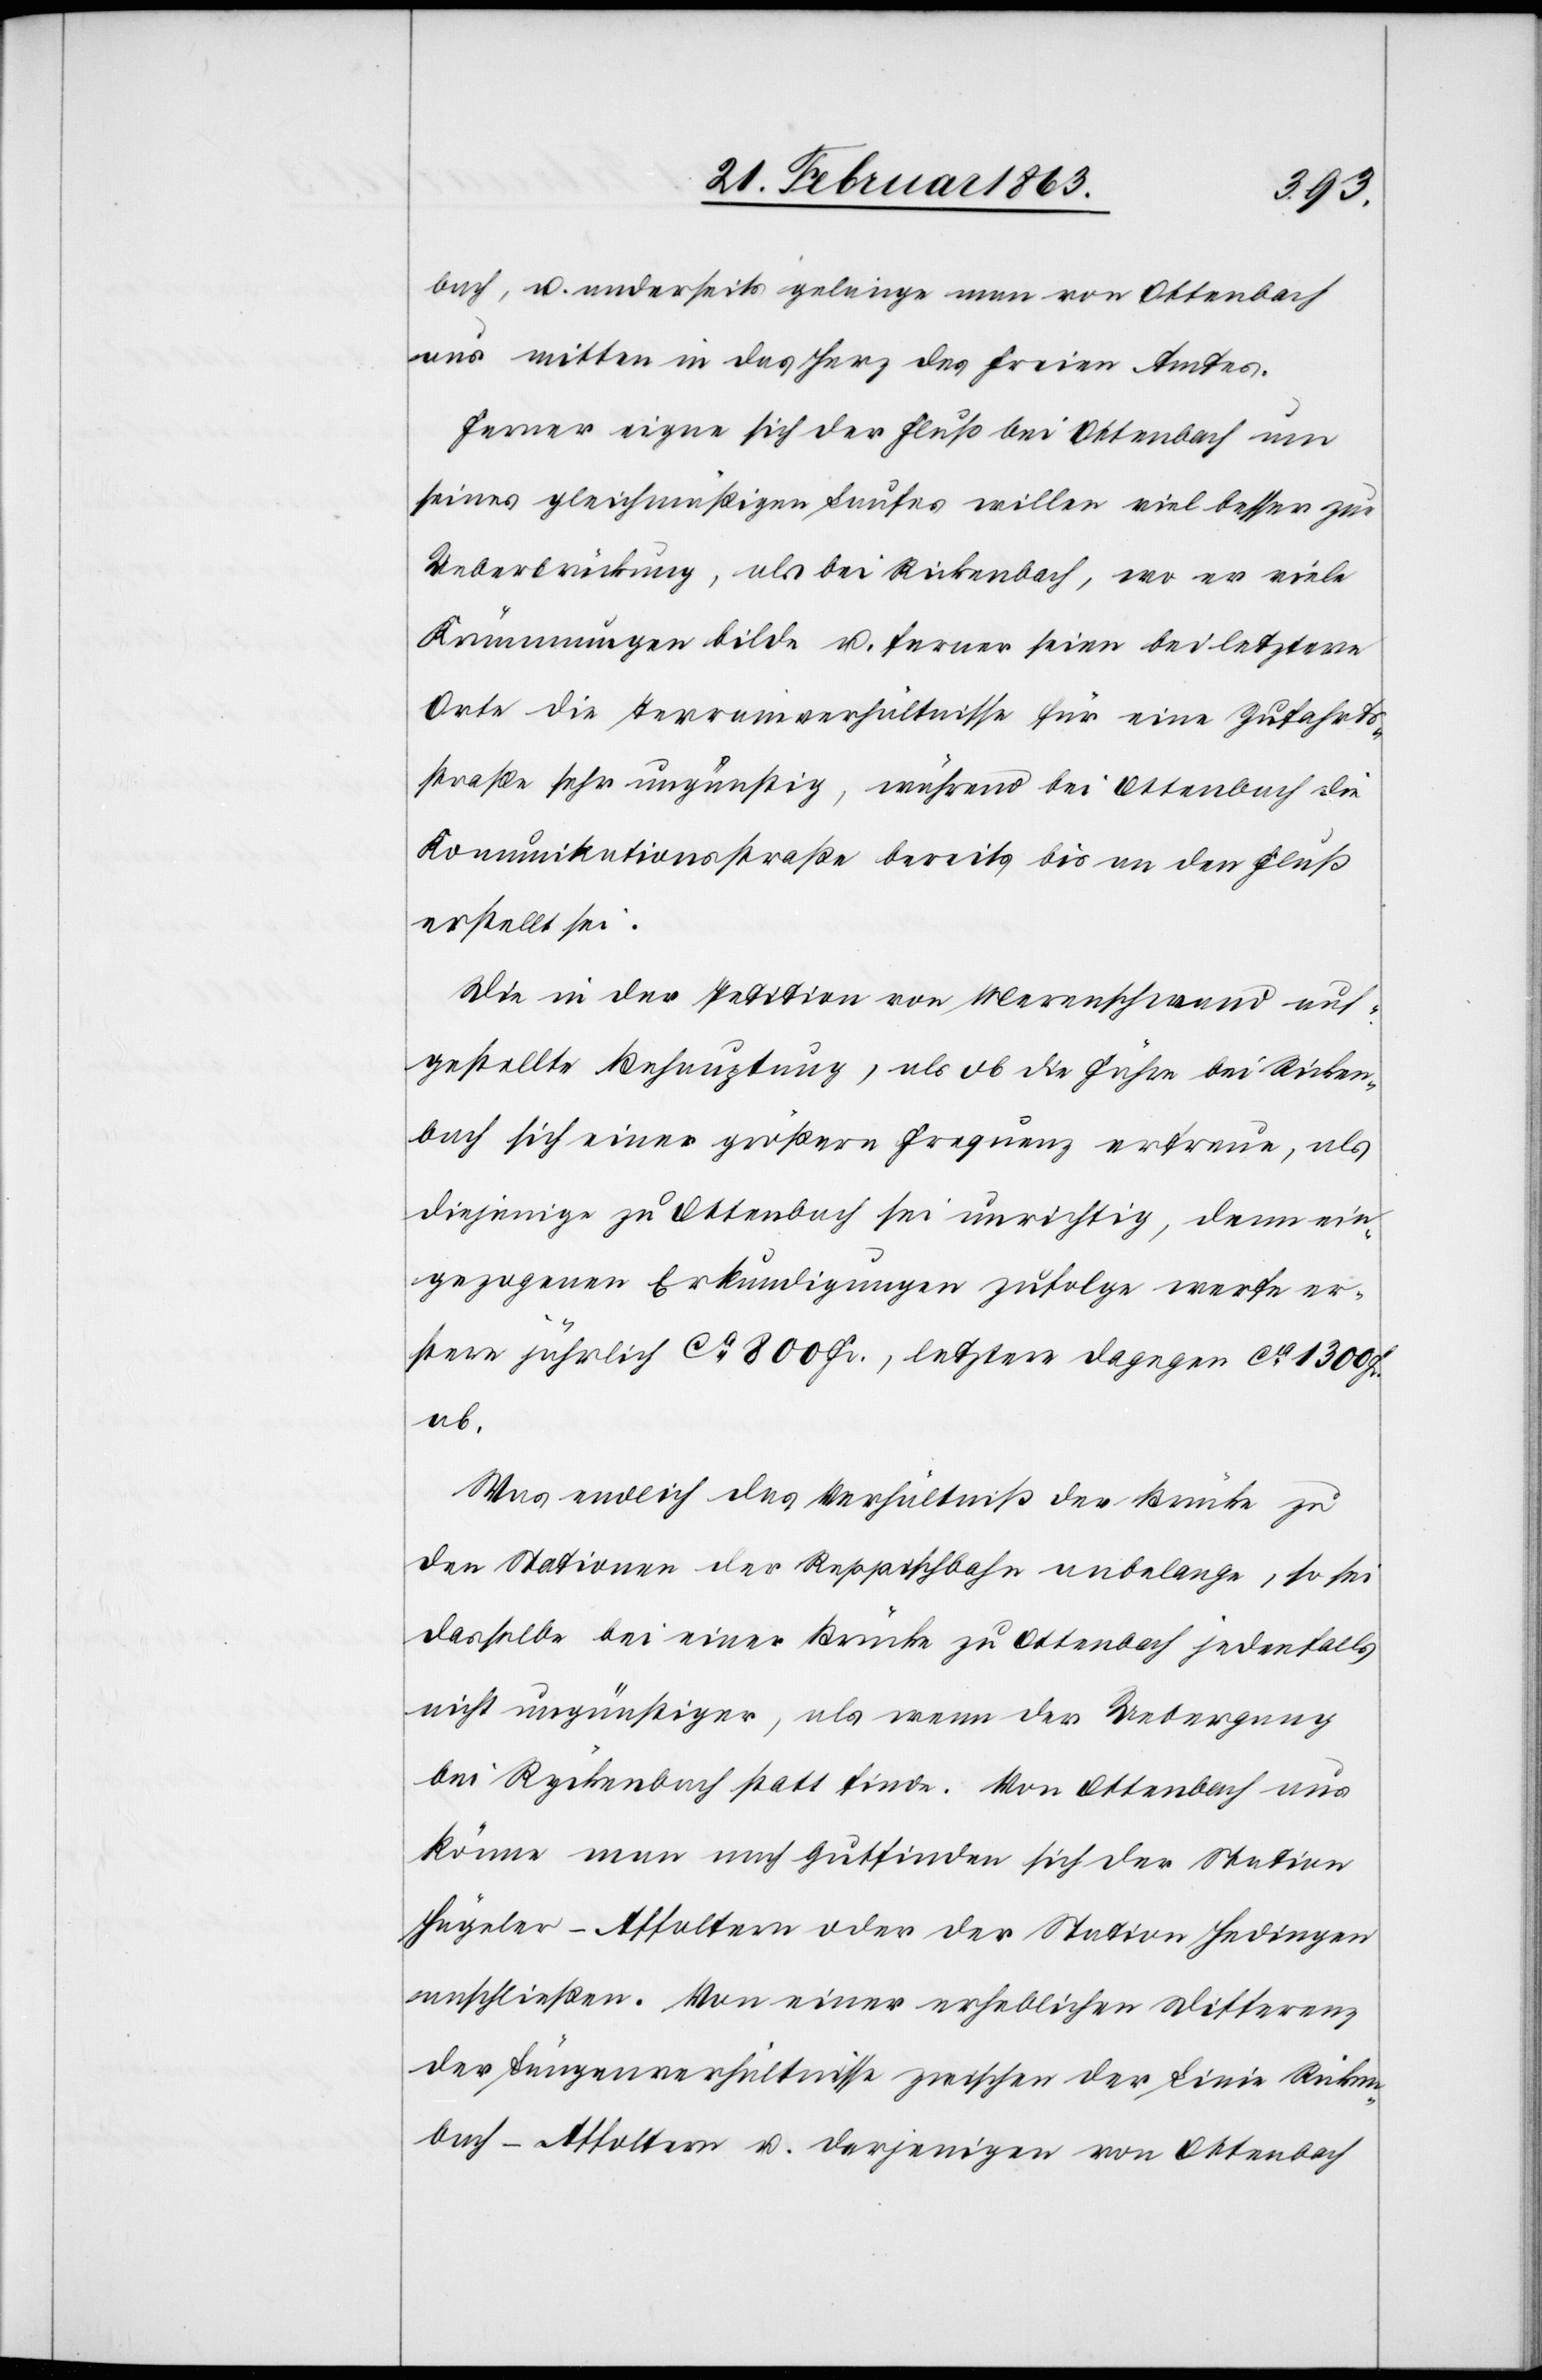
bach, u. anderseits gelange man von Ottenbach
aus mitten in das Herz des Freien Amtes.
Ferner eigne sich der Fluß bei Ottenbach um
seines gleichmäßigen Laufes willen viel besser zur
Ueberbrückung, als bei Rickenbach, wo er viele
Krümmungen bilde u. ferner seien bei letzterm
Orte die Terrainverhältnisse für eine Zufahrts¬
straße sehr ungünstig, während bei Ottenbach die
Komunikationsstraße [sic!] bereits bis an den Fluß
erstellt sei.
Die in der Petition von Merenschwand auf¬
gestellte Behauptung, als ob die Fähre bei Ricken¬
bach sich einer größern Frequenz erfreue, als
diejenige zu Ottenbach sei unrichtig, denn ein¬
gezogenen Erkundigungen zufolge werfe er¬
stere jährlich ca 800 Fr., letztere dagegen ca 1300
ab.
Was endlich das Verhältniß der Brücke zu
den Stationen der Reppischbahn anbelange, so sei
dasselbe bei einer Brücke zu Ottenbach jedenfalls
nicht ungünstiger, als wenn der Uebergang
bei Ryckenbach statt finde. Von Ottenbach aus
könne man nach Gutfinden sich der Station
Hägeler–Affoltern oder der Station Hedingen
anschließen. Von einer erheblichen Differenz
der Längenverhältnisse zwischen der Linie Ricken¬
bach–Affoltern u. derjenigen von Ottenbach